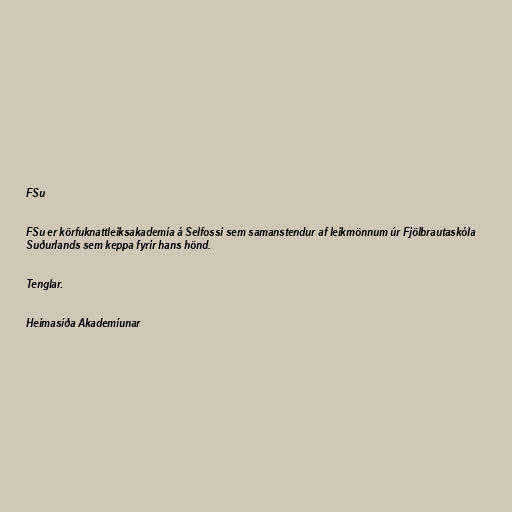
FSu

FSu er körfuknattleiksakademía á Selfossi sem samanstendur af leikmönnum úr Fjölbrautaskóla
Suðurlands sem keppa fyrir hans hönd.

Tenglar.

Heimasíða Akademíunar